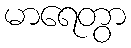
မာရေတွာ